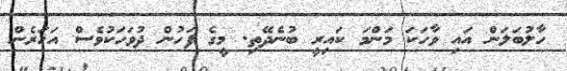
ހާލުބަލަން އައި ވާހަކަ މަންމަ ކައިރީ ބުނެދޭތި. މީގެ ފަހުން ދުވަހަކުވެސް އަހަރެން